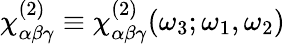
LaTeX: \chi_{\alpha\beta\gamma}^{(2)}\equiv\chi_{\alpha\beta\gamma}^{(2)}(\omega_{3};\omega_{1},\omega_{2})